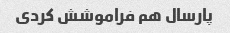
پارسال هم فراموشش کردی